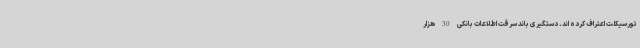
تورسیکلت اعتراف کرده اند. دستگیری باند سرقت اطلاعات بانکی 30 هزار